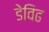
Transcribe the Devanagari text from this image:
डेविढ